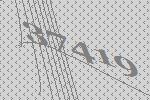
37419